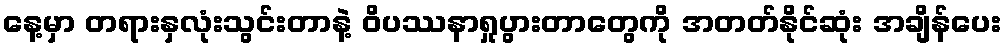
နေ့မှာ တရားနှလုံးသွင်းတာနဲ့ ဝိပဿနာရှုပွားတာတွေကို အတတ်နိုင်ဆုံး အချိန်ပေး